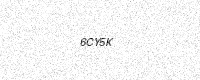
Text: 6CY5K